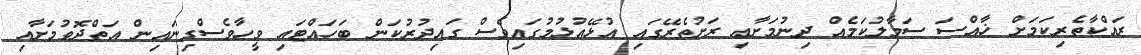
ރައްކާތެރިކަމަށް ޚާއްސަ ސަމާލުކަމެއް ދިނުމަށާއި ރަށުތެރޭގައި އުޅޭއުޅުމުގައިވެސް ގައިދުރުކަން ބަހައްޓައި ވީހާވެސްގިނައިން އަތްދޮވުމަށާއި